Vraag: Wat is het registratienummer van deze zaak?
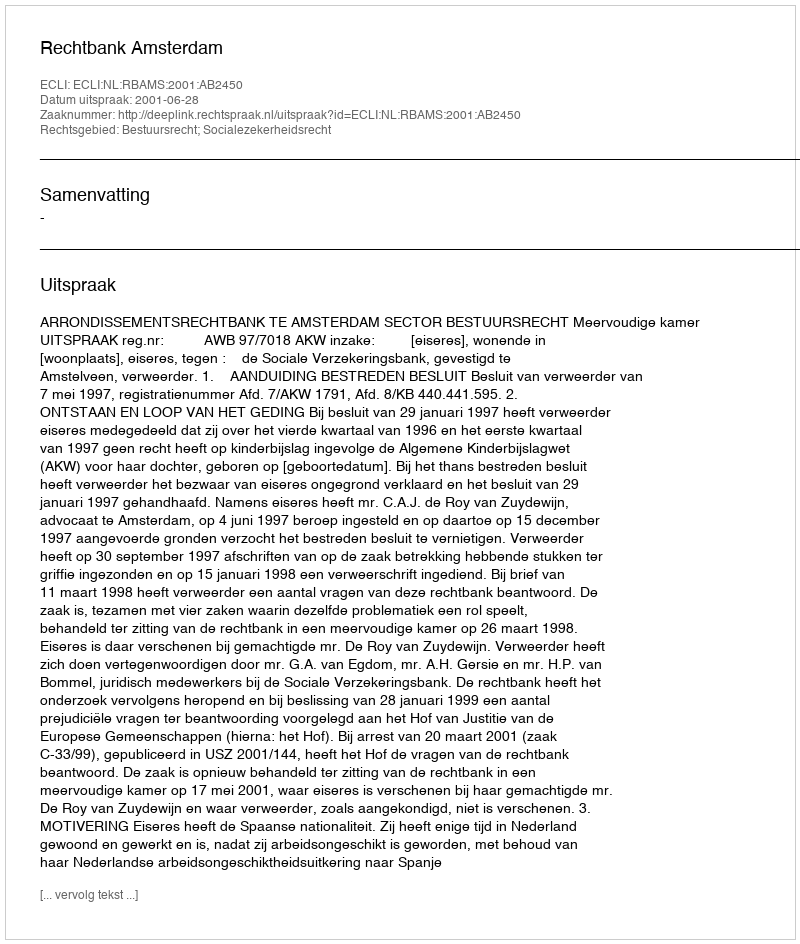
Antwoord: http://deeplink.rechtspraak.nl/uitspraak?id=ECLI:NL:RBAMS:2001:AB2450